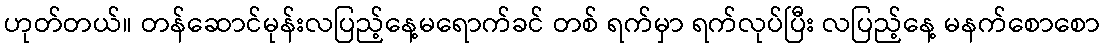
ဟုတ်တယ်။ တန်ဆောင်မုန်းလပြည့်နေ့မရောက်ခင် တစ် ရက်မှာ ရက်လုပ်ပြီး လပြည့်နေ့ မနက်စောစော